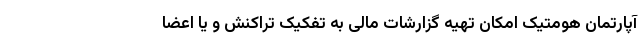
آپارتمان هومتیک امکان تهیه گزارشات مالی به تفکیک تراکنش و یا اعضا